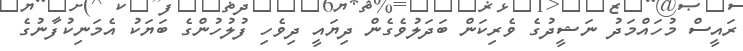
ރައީސް މުހައްމަދު ނަޝީދުގެ ވެރިކަން ބަދަލުވެގެން ދިޔައީ ދިވެހި ފުލުހުންގެ ބަޔަކު އެމަނިކުފާނުގެ